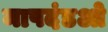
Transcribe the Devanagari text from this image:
मापदंडओ